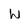
Character: W